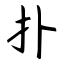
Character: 扑